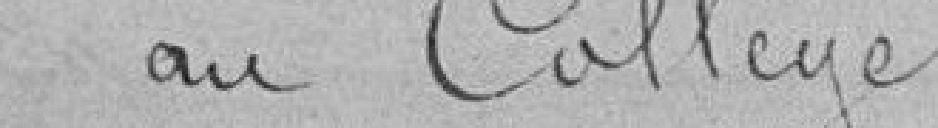
au collège